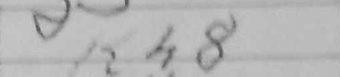
Transcription: Kh8